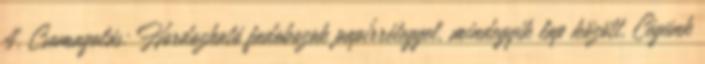
4. Csomagolás: Hordozható fadobozok papírréteggel, mindegyik lap között. Cégünk